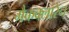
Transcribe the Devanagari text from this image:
मैकक्लारेन